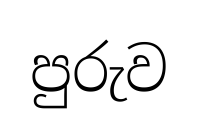
පුරුව